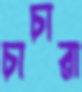
চাচারা